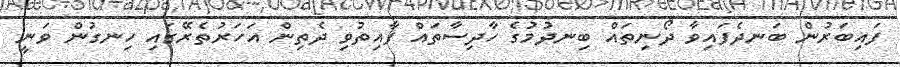
ފައިބަރުން ބަނދެފައިވާ ދޯނިތައް ބިނދުމުގެ ހާދިސާތައް ފާއިތުވި ދެތިން އަހަރުތެރޭގައި ހިނގުން ވަނީ